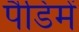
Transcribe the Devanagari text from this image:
पैडिमें